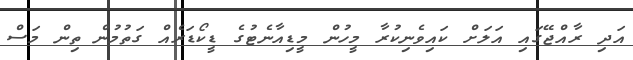
އަދި ރާއްޖޭގައި އަލަށް ކައިވެނިކުރާ މީހުން މީޑިއާނެޓުގެ ޑީކޯޑަރެއް ގަތުމުން ތިން މަސް